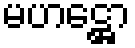
မဟဋ္ဌော